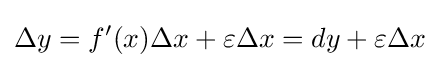
\Delta y=f'(x)\Delta x+\varepsilon \Delta x=dy+\varepsilon \Delta x